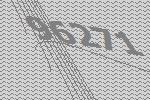
96271